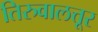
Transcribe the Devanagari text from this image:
तिरुवालत्तूर